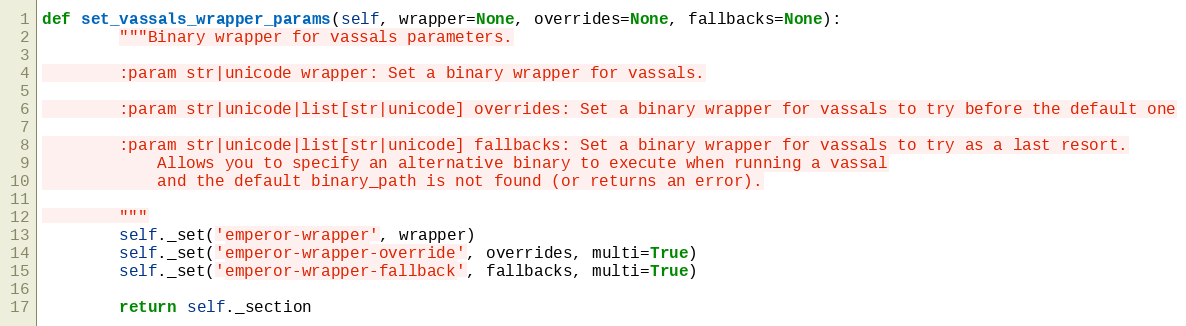
Language: Python
def set_vassals_wrapper_params(self, wrapper=None, overrides=None, fallbacks=None):
        """Binary wrapper for vassals parameters.

        :param str|unicode wrapper: Set a binary wrapper for vassals.

        :param str|unicode|list[str|unicode] overrides: Set a binary wrapper for vassals to try before the default one

        :param str|unicode|list[str|unicode] fallbacks: Set a binary wrapper for vassals to try as a last resort.
            Allows you to specify an alternative binary to execute when running a vassal
            and the default binary_path is not found (or returns an error).

        """
        self._set('emperor-wrapper', wrapper)
        self._set('emperor-wrapper-override', overrides, multi=True)
        self._set('emperor-wrapper-fallback', fallbacks, multi=True)

        return self._section